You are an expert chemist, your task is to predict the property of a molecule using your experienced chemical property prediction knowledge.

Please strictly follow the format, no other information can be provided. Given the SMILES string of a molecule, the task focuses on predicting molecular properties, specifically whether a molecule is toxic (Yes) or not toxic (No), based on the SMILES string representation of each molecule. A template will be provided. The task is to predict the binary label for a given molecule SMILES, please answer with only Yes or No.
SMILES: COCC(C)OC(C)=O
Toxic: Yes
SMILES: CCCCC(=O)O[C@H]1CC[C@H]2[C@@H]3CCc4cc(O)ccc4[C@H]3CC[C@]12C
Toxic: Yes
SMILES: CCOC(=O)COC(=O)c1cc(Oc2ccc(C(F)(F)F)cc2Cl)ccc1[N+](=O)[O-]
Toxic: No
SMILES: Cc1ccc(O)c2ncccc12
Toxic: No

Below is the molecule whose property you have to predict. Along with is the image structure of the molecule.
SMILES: COC(C)(C)C
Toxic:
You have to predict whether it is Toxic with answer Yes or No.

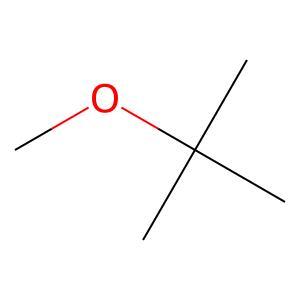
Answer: No